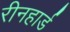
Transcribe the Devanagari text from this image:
रीनहार्ड